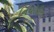
નિધૉરીત